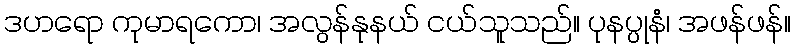
ဒဟရော ကုမာရကော၊ အလွန်နုနယ် ငယ်သူသည်။ ပုနပ္ပုနံ၊ အဖန်ဖန်။